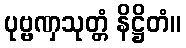
ပုဗ္ဗဏှသုတ္တံ နိဋ္ဌိတံ။